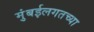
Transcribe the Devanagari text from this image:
मुंबईलगतच्या